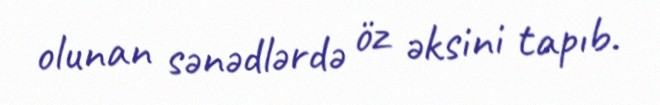
olunan sənədlərdə öz əksini tapıb.